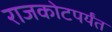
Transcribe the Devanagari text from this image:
राजकोटपर्यंत